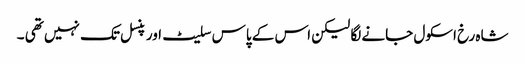
شاہ رخ اسکول جانے لگا لیکن اس کے پاس سلیٹ اور پنسل تک نہیں تھی ۔